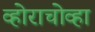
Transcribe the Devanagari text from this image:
व्होराचोव्हा